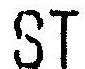
ST